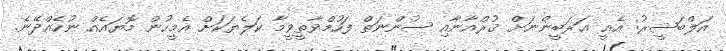
އަލްބަޝީރު: އެއީ ޢަރަބީންނަށް ޤުރްއާނާއި ސުންނަތް ފަހުމްވާތީވީމާ ކަލެޔަކަށް އެމީހުން މޮޔައެއް ނުހެއްދޭނެ.